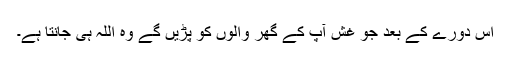
اس دورے کے بعد جو غش آپ کے گھر والوں کو پڑیں گے وہ اللہ ہی جانتا ہے۔